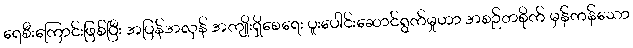
ရေစီးကြောင်းဖြစ်ပြီး အပြန်အလှန် အကျိုးရှိစေရေး ပူးပေါင်းဆောင်ရွက်မှုဟာ အစဉ်တစိုက် မှန်ကန်သော